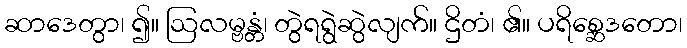
ဆာဒေတွာ၊ ၍။ ဩလမ္ဗန္တံ၊ တွဲရရွဲဆွဲလျက်။ ဌိတံ၊ ၏။ ပရိစ္ဆေဒတော၊